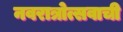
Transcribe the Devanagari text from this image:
नवरात्रोत्सवाची